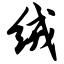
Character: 绒